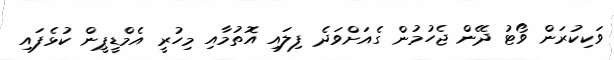
ވަކިކުރަން ވޯޓު ދޭން ޖެހުމުން ގެއަށްވަދެ ފިލައި އޮތުމާއި މިހުރީ އެމްޑީޕީން ކުޅެފައި